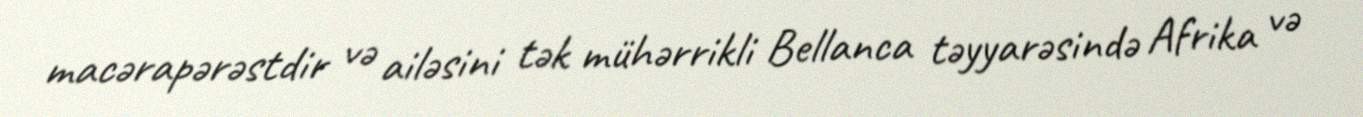
macərapərəstdir və ailəsini tək mühərrikli Bellanca təyyarəsində Afrika və